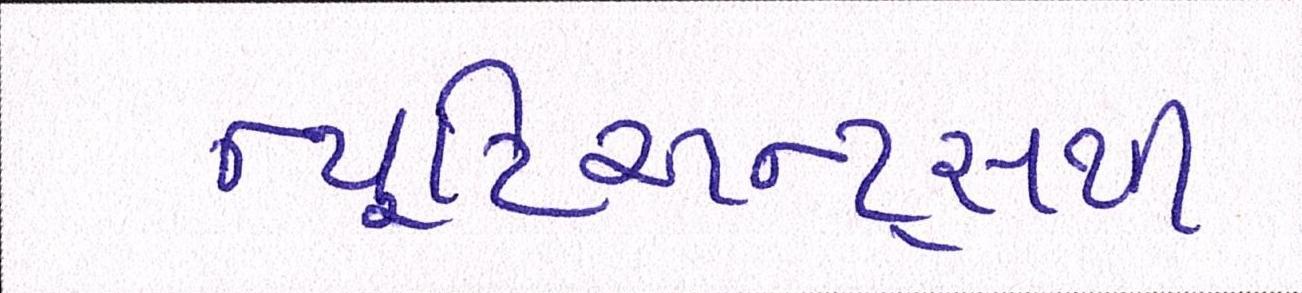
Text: ન્યૂટ્રિઅન્ટ્સથી